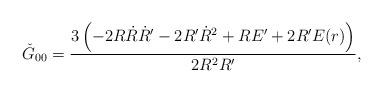
\begin{align*}\check{G}_{00}=\frac{3\left(-2R\dot{R}\dot{R}'-2R'\dot{R}^2+RE'+2R'E(r)\right)}{2R^2R'},\end{align*}